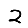
Digit: 2